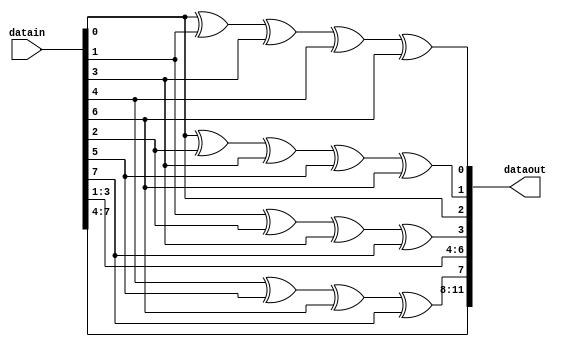
module HammingEncoder(datain, dataout);
// 8-4 Hamming Code
// #0: 0001(1),	#1: 0010(2), 2: 0011(1,2)
// #3: 0100(3), 4: 0101(1,3), 5: 0110(2,3)
// 6: 0111(1,2,3), #7: 1000(4), 8: 1001(1,4)
// 9: 1010(2,4), 10: 1011(1,2,4), 11: 1100(3,4)

input [7:0] datain;
output [11:0] dataout;

assign dataout[2] = datain[0];
assign dataout[4] = datain[1];
assign dataout[5] = datain[2];
assign dataout[6] = datain[3];
assign dataout[8] = datain[4];
assign dataout[9] = datain[5];
assign dataout[10] = datain[6];
assign dataout[11] = datain[7];

assign dataout[0] = datain[0]^datain[1]^datain[3]^datain[4]^datain[6];
assign dataout[1] = datain[0]^datain[2]^datain[3]^datain[5]^datain[6];
assign dataout[3] = datain[1]^datain[2]^datain[3]^datain[7];
assign dataout[7] = datain[4]^datain[5]^datain[6]^datain[7];

endmodule